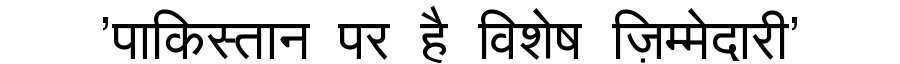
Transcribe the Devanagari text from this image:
'पाकिस्तान पर है विशेष ज़िम्मेदारी'